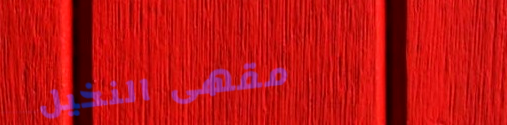
مقهى النخيل